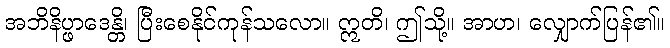
အဘိနိပ္ဖာဒေန္တိ၊ ပြီးစေနိုင်ကုန်သလော။ ဣတိ၊ ဤသို့။ အာဟ၊ လျှောက်ပြန်၏။